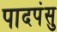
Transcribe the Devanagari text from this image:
पादपंसु